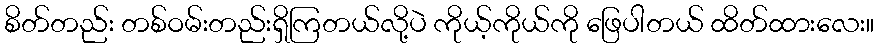
စိတ်တည်း တစ်ဝမ်းတည်းရှိကြတယ်လို့ပဲ ကိုယ့်ကိုယ်ကို ဖြေပါတယ် ထိတ်ထားလေး။